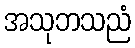
အသုဘသညံ